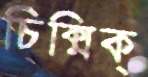
চিক্‌মিক্‌